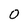
Character: O